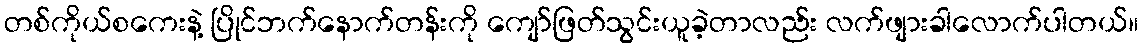
တစ်ကိုယ်စကေးနဲ့ ပြိုင်ဘက်နောက်တန်းကို ကျော်ဖြတ်သွင်းယူခဲ့တာလည်း လက်ဖျားခါလောက်ပါတယ်။